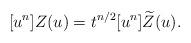
LaTeX: \begin{align*}[u^n] Z(u) = t^{n/2}[u^n]\widetilde{Z}(u).\end{align*}